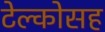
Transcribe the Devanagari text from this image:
टेल्कोसह